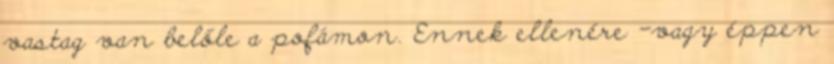
vastag van belőle a pofámon. Ennek ellenére -vagy éppen